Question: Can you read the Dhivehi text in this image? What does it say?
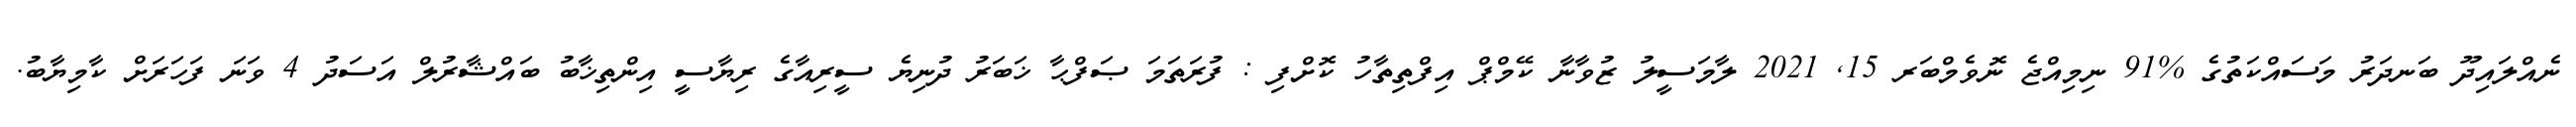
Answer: ނެއްލައިދޫ ބަނދަރު މަސައްކަތުގެ %91 ނިމިއްޖެ ނޮވެމްބަރ 15, 2021 ލާމަސީލު ޒުވާނާ ކޭމްޕް އިފްތިތާހު ކޮށްފި : ފުރަތަމަ ޞަފްޙާ ޚަބަރު ދުނިޔެ ސީރިއާގެ ރިޔާސީ އިންތިޚާބު ބައްޝާރުލް އަސަދު 4 ވަނަ ފަހަރަށް ކާމިޔާބު.